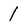
Character: 1